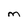
Character: M